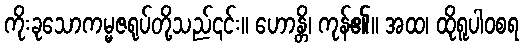
ကိုးခုသောကမ္မဇရုပ်တို့သည်၎င်း။ ဟောန္တိ၊ ကုန်၏။ အထ၊ ထိုရူပါဝစရ